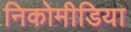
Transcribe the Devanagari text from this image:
निकोमीडिया